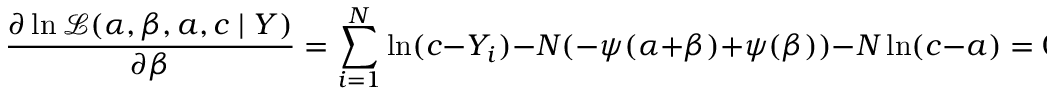
{ \frac { \partial \ln { \mathcal { L } } ( \alpha , \beta , a , c \mid Y ) } { \partial \beta } } = \sum _ { i = 1 } ^ { N } \ln ( c - Y _ { i } ) - N ( - \psi ( \alpha + \beta ) + \psi ( \beta ) ) - N \ln ( c - a ) = 0